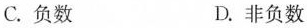
C. 负数 D. 非负数